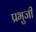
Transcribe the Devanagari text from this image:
प्रभुजी